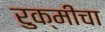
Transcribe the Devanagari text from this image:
रुक्मीचा